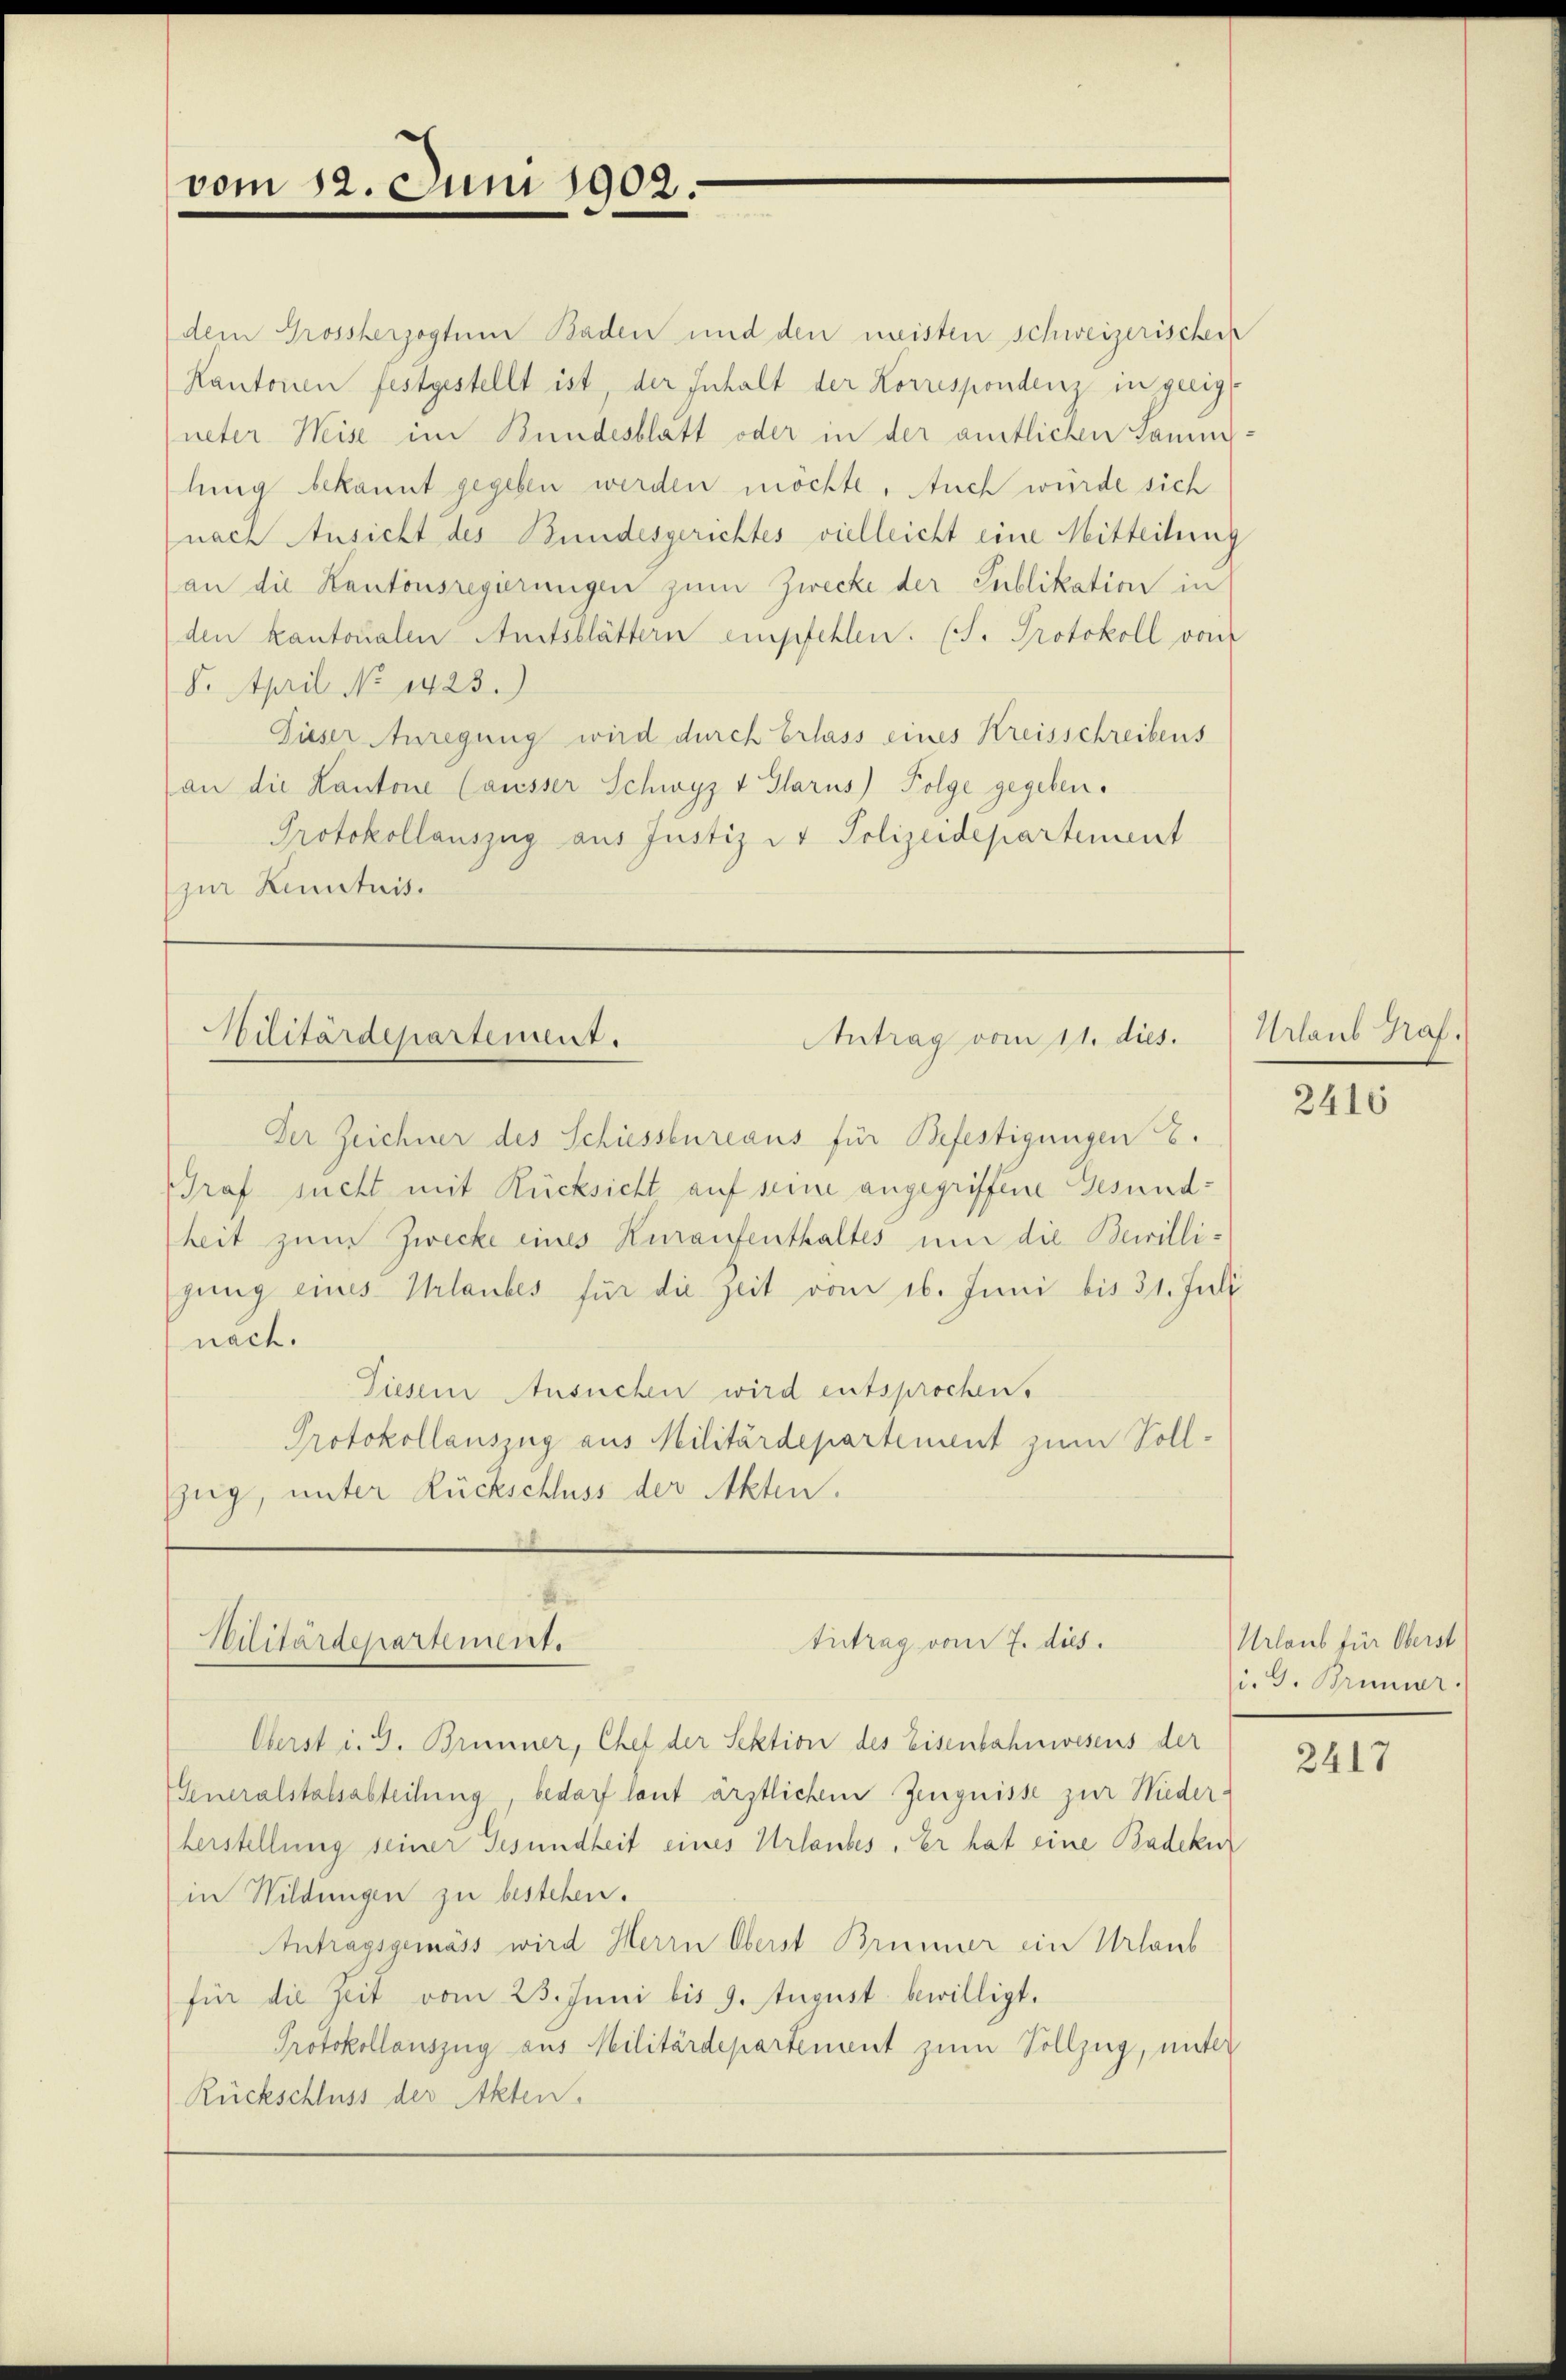
vom 12. Juni 1902.

Bilitärdepartement.
Antrag vom 11. dies.

dem Grossherzogtum Baden und den meisten schweizerischen
Kantonen festgestellt ist, der Inhalt der Korrespondenz in geeigneter Weise im Bundesblatt oder in der amtlichen Samm-
lung bekannt gegeben werden möchte. Auch würde sich
nach Ansicht des Bundesgerichtes vielleicht eine Mitteilung
(an die Kantonsregierungen zum Zwecke der Publikation in
den kantonalen Amtsblättern empfehlen. (S. Protokoll vom
8. April No 1423.)
Dieser Anregung wird durch Erlass eines Kreisschreibens
an die Kantone (ausser Schwyz v Glarus) Folge gegeben.
Protokollauszug aus Justiz in Polizeidepartement
(zur Kenntnis.

Der Zeichner des Schüssbureaus für Befestigungen 8.
Graf sucht mit Rücksicht auf seine angegriffene Gesundheit zum Zwecke eines Kuraufenthaltes um die Bewilligung eines Urlaubes für die Zeit vom 16. Juni bis 31. Juli
nach.
Diesem Ansuchen wird entsprochen.
Protokollauszug aus Militärdepartement zum Sollzug, unter Rückschluss der Akten.

in
Antrag vom 7. dies
Militärdepartement.

Oberst i. 9. Brunner, Chef der Sektion des Eisenbahnwesens der
Generalstalsabteilung, bedarf laut ärztlichem Zeugnisse zur Nieder-
herstellung seiner Gesundheit eines Urlaubes. Er hat eine Badeku
in Wildungen zu bestehen.
Antragsgemäss wird Herrn Oberst Brunner ein Urlaub
für die Zeit vom 23. Juni bis 9. August bewilligt.
Protokollauszug aus Militärdepartement zum Vollzug, unter
Rückschluss der Akten.

Urlaub Prof.

2410

Urlaub für Oberst
G. Brunner.

2417